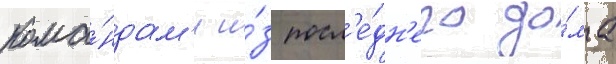
кома́ндам'и и́з посл'е́дн'его до́ма